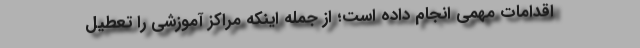
اقدامات مهمی انجام داده است؛ از جمله اینکه مراکز آموزشی را تعطیل